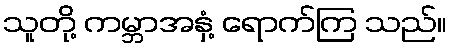
သူတို့ ကမ္ဘာအနှံ့ ရောက်ကြ သည်။